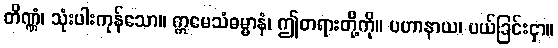
တိဏ္ဏံ၊ သုံးပါးကုန်သော။ ဣမေသံဓမ္မာနံ၊ ဤတရားတို့ကို။ ပဟာနာယ၊ ပယ်ခြင်းငှာ။